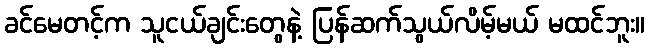
ခင်မေတင့်က သူငယ်ချင်းတွေနဲ့ ပြန်ဆက်သွယ်လိမ့်မယ် မထင်ဘူး။